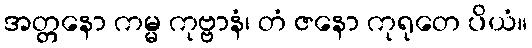
အတ္တနော ကမ္မ ကုဗ္ဗာနံ၊ တံ ဇနော ကုရုတေ ပိယံ။